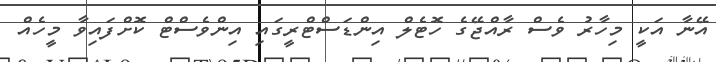
އޭނާ އަކީ މިހާރު ވެސް ރާއްޖޭގެ ހޮޓެލް އިންޑަސްޓްރީގައި އިންވެސްޓް ކޮށްފައިވާ މީހެއް